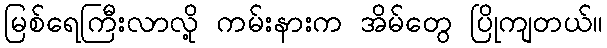
မြစ်ရေကြီးလာလို့ ကမ်းနားက အိမ်တွေ ပြိုကျတယ်။